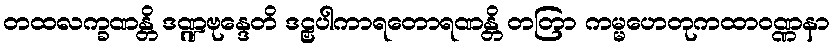
တထလက္ခဏန္တိ ဒဏ္ဍဗုန္ဒေတိ ဒဠှပါကာရတောရဏန္တိ တတြာ ကမ္မဟေတုကထာဝဏ္ဏနာ